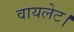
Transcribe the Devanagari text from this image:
वायलेट।